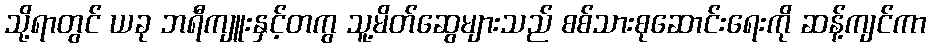
သို့ရာတွင် ယခု ဘရီကျူးနှင့်တကွ သူ့မိတ်ဆွေများသည် စစ်သားစုဆောင်းရေးကို ဆန့်ကျင်ကာ